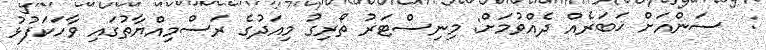
:  ސަންއަށް ޚަބަރެއް ދެއްވުމަށް: މިނިސްޓަރު ތޯރިގު މިއަދުގެ ރަސްމިއްޔާތުގައި ވާހަކަފުޅު